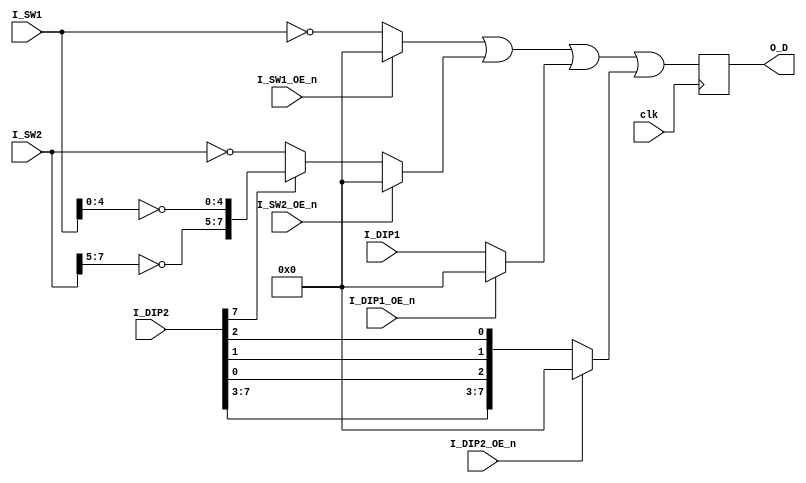
//----------------------------------------------------------------------------
// Donkey Kong 3 Arcade
//
//
// Control inputs and DIP Switches.
//----------------------------------------------------------------------------

//---------------------------------------------------------------------------------
// CONTROL INPUTS
//
//              B0       B1      B2      B3      B4       B5         B6       B7
//---------------------------------------------------------------------------------
// SW1(MAIN)   RIGHT    LEFT     UP     DOWN    FIRE   1P START   2P START   MENU
// SW2(SUB)    RIGHT2   LEFT2    UP2    DOWN2   FIRE2   COIN 1     COIN 2     -
//---------------------------------------------------------------------------------

//---------------------------------------------------------------------------------
//  DIP SWITCHES
//
//  https://www.arcade-museum.com/dipswitch-settings/7611.html
//
//  Toggle (DIP1) Settings:
//  A   B   C   D   E   F   G   H    Option
//---------------------------------------------------------------------------------
//                                   Number of Players per Game
//                                   --------------------------
// Off Off                           3
// On  Off                           4
// Off On                            5
// On  On                            6
// 
//                                   Extra Life
//                                   ----------
//         Off Off                   30,000 points
//         On  Off                   40,000 points
//         Off On                    50,000 points
//         On  On                    No extra life
// 
//                                   Additional Extra Life
//                                   ---------------------
//                 Off Off           30,000 points
//                 On  Off           40,000 points
//                 Off On            50,000 points
//                 On  On            No additional extra life
// 
//                                   Difficulty
//                                   ----------
//                         Off Off   (1) Easy
//                         On  Off   (2)
//                         Off On    (3)
//                         On  On    (4) Hard 
//
//---------------------------------------------------------------------------------
//  Toggle (DIP2) Settings
//  I   J   K   L   M   N   O   P    Option
//---------------------------------------------------------------------------------
//                                   Coins per Credit
//                                   ----------------
// Off On  Off                       3 Coins 1 Credit
// Off Off On                        2 Coins 1 Credit
// Off Off Off                       1 Coin  1 Credit
// Off On  On                        1 Coin  2 Credits
// On  Off Off                       1 Coin  3 Credits
// On  On  Off                       1 Coin  4 Credits
// On  Off On                        1 Coin  5 Credits
// On  On  On                        1 Coin  6 Credits
// 
//                                    Game Test
//                                    ---------
//                          Off       Off
//                          On        On
// 
//                                   Upright/Table
//                                   -------------
//                             Off   Upright
//                             On    Table
//---------------------------------------------------------------------------------

module dkong3_input
(
	input       clk,
   input  [7:0]I_SW1,
   input  [7:0]I_SW2,
   input  [7:0]I_DIP1,
   input  [7:0]I_DIP2,
   input       I_SW1_OE_n,
   input       I_SW2_OE_n,
   input       I_DIP1_OE_n,
   input       I_DIP2_OE_n,

   output reg [7:0]O_D
);


wire   [7:0]W_SW1  = I_SW1_OE_n  ?  8'h00: ~I_SW1;
wire   [7:0]W_SW2  = I_SW2_OE_n  ?  8'h00: !I_DIP2[7] ? ~I_SW2 : {~I_SW2[7:5],~I_SW1[4:0]};
wire   [7:0]W_DIP1 = I_DIP1_OE_n ?  8'h00:  I_DIP1;
wire   [7:0]W_DIP2 = I_DIP2_OE_n ?  8'h00:  {I_DIP2[7:3],I_DIP2[0],I_DIP2[1],I_DIP2[2]};

always @(posedge clk) 
 O_D = W_SW1 | W_SW2 | W_DIP1 | W_DIP2;

endmodule